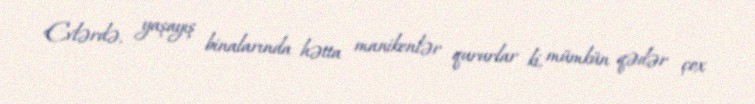
Evlərdə, yaşayış binalarında hətta manikenlər qururlar ki, mümkün qədər çox